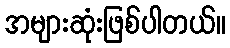
အများဆုံးဖြစ်ပါတယ်။